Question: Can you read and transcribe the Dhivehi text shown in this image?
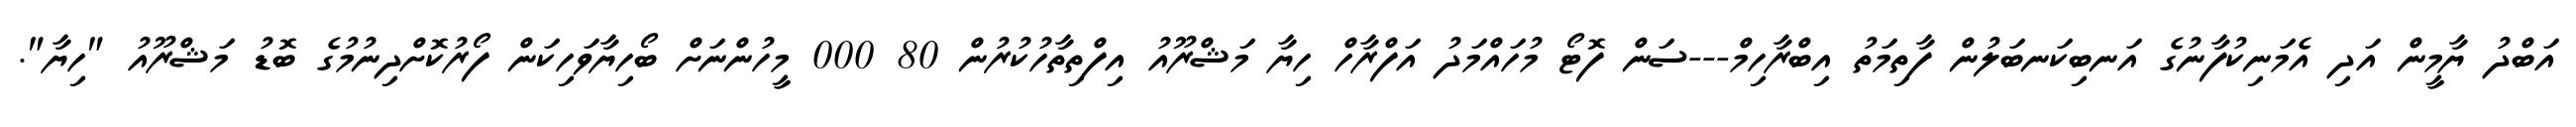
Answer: އަބްދު ޔާމީން އަދި އެމަނިކުފާނުގެ އަނބިކަނބަލުން ފާތިމަތު އިބްރާހިމް---ސަން ފޮޓޯ މުހައްމަދު އަފްރާހް ހިޔާ މަޝްރޫއު އިފްތިތާހުކުރުން 80 000 މީހުންނަށް ބޯހިޔާވަހިކަން ފޯރުކޮށްދިނުމުގެ ބޮޑު މަޝްރޫއު "ހިޔާ".